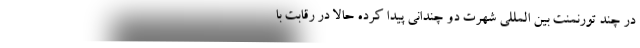
در چند تورنمنت بین المللی شهرت دو چندانی پیدا کرده حالا در رقابت با